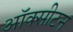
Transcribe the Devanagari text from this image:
ऑक्सीटन